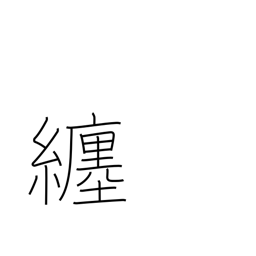
Meaning: follow around